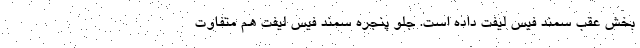
بخش عقب سمند فیس لیفت داده است. جلو پنجره سمند فیس لیفت هم متفاوت